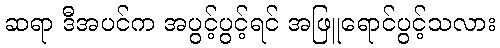
ဆရာ ဒီအပင်က အပွင့်ပွင့်ရင် အဖြူရောင်ပွင့်သလား